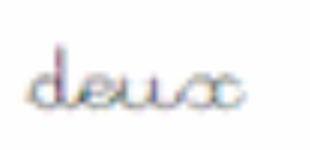
deux